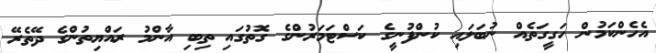
އެހެންކަމުން ހަގީގަތެއް ނުބަލައި ކުންފުނީގެ ކަސްޓަމަރުންގެ ގޮތުގައި ތިބި އާންމު ރައްޔިތުންގެ ދޭތެރޭ